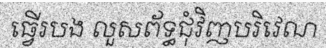
ធ្វើរបង លួសព័ទ្ធជុំវិញបរិវេណ